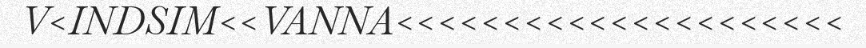
V<INDSIM<<VANNA<<<<<<<<<<<<<<<<<<<<<